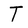
Character: T